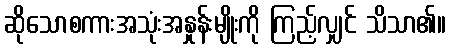
ဆိုသောစကားအသုံးအနှုန်းမျိုးကို ကြည့်လျှင် သိသာ၏။